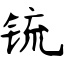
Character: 锍